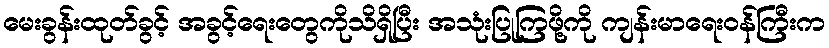
မေးခွန်းထုတ်ခွင့် အခွင့်ရေးတွေကိုသိရှိပြီး အသုံးပြုကြဖို့ကို ကျန်းမာရေးဝန်ကြီးက